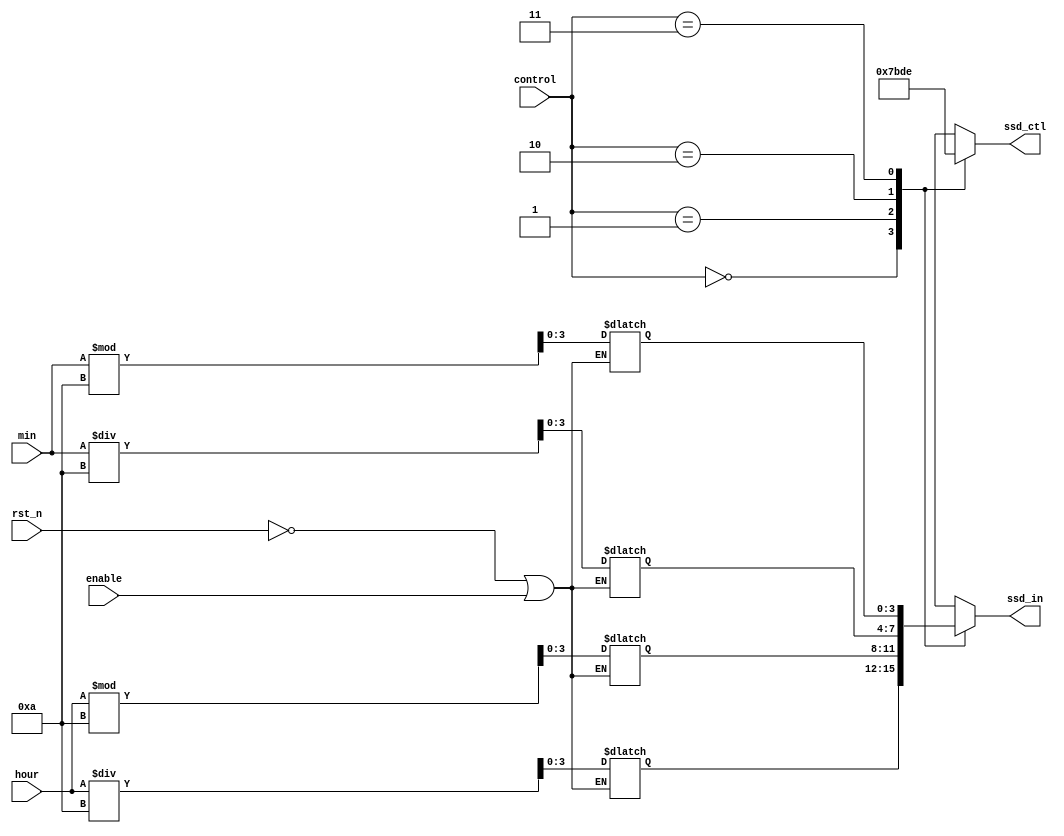
module scan(ssd_ctl, ssd_in, min, hour, control, enable, rst_n);
    output reg [3:0] ssd_in;
    output reg [3:0] ssd_ctl;
    input [5:0]min;
    input [4:0]hour;
    input [1:0] control;
    input enable;
    input rst_n;
    
    reg [3:0] cnt1;
    reg [3:0] cnt2;
    reg [3:0] cnt3;
    reg [3:0] cnt4; 
    
    always@* 
        if (~rst_n || enable) begin 
            cnt1 = min % 4'd10;
            cnt2 = min / 4'd10;
            cnt3 = hour % 4'd10;
            cnt4 = hour / 4'd10;  
        end
        else begin
            cnt1 = cnt1;
            cnt2 = cnt2;
            cnt3 = cnt3;
            cnt4 = cnt4;  
        end
    always@*
        case(control)
              2'b00:
                  begin
                      ssd_ctl = 4'b0111;
                      ssd_in = cnt4;
                  end
              2'b01:
                  begin
                      ssd_ctl = 4'b1011;
                      ssd_in = cnt3;
                  end
              2'b10:
                  begin
                      ssd_ctl = 4'b1101;
                      ssd_in = cnt2;
                  end
              2'b11:
                  begin
                      ssd_ctl = 4'b1110;
                      ssd_in = cnt1;
                  end
              default:
                  begin
                      ssd_ctl = 4'b0000;
                      ssd_in = 4'b0000;
                  end
      endcase
      
 endmodule